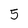
Character: 5